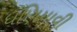
ધણિયાવી